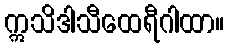
ဣသိဒါသီထေရီဂါထာ။